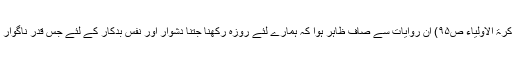
” (تذکرۃ الاولیاء ص۹۵) اِن روایات سے صاف ظاہِر ہوا کہ ہمارے لئے روزہ رکھنا جتنا دُشوار اور نَفْسِ بدکار کے لئے جس قَدَر ناگوار ہوگا۔